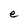
Character: e